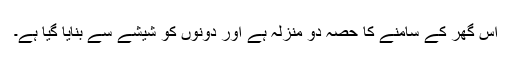
اس گھر کے سامنے کا حصہ دو منزلہ ہے اور دونوں کو شیشے سے بنایا گیا ہے۔